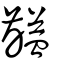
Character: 齸